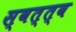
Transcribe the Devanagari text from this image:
स्वत्त्व